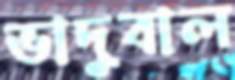
ভাদুবাল